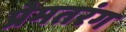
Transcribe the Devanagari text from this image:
प्रेमतरंग